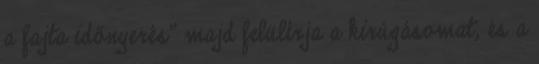
a fajta időnyerés” majd felülírja a kirúgásomat, és a